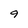
Character: 9